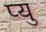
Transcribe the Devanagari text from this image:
प्यु